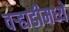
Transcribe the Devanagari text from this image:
वर्‍हाडीमध्ये